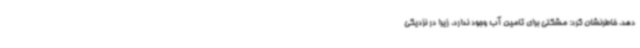
دهد، خاطرنشان کرد: مشکلی برای تامین آب وجود ندارد، زیرا در نزدیکی